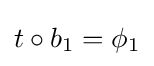
t\circ b_{1}=\phi _{1}